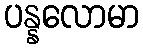
ပန္နလောမာ